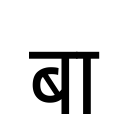
OCR:
बा